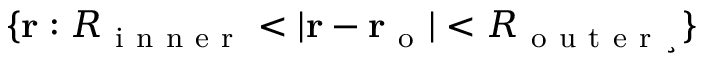
\{ \mathbf { r } : R _ { \mathrm { ~ i ~ n ~ n ~ e ~ r ~ } } < | \mathbf { r } - \mathbf { r _ { \mathrm { ~ o ~ } } } | < R _ { \mathrm { ~ o ~ u ~ t ~ e ~ r ~ } ¸ } \}